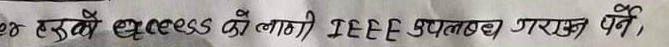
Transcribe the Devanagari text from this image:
तर सबै access को लागी IEEE उपलब्ध गराउन पर्ने,